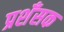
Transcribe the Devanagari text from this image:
प्रशँसक